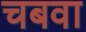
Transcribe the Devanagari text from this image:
चबवा